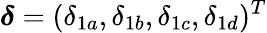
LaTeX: \boldsymbol{\delta}=(\delta_{1a},\delta_{1b},\delta_{1c},\delta_{1d})^{T}